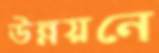
উন্নয়নে